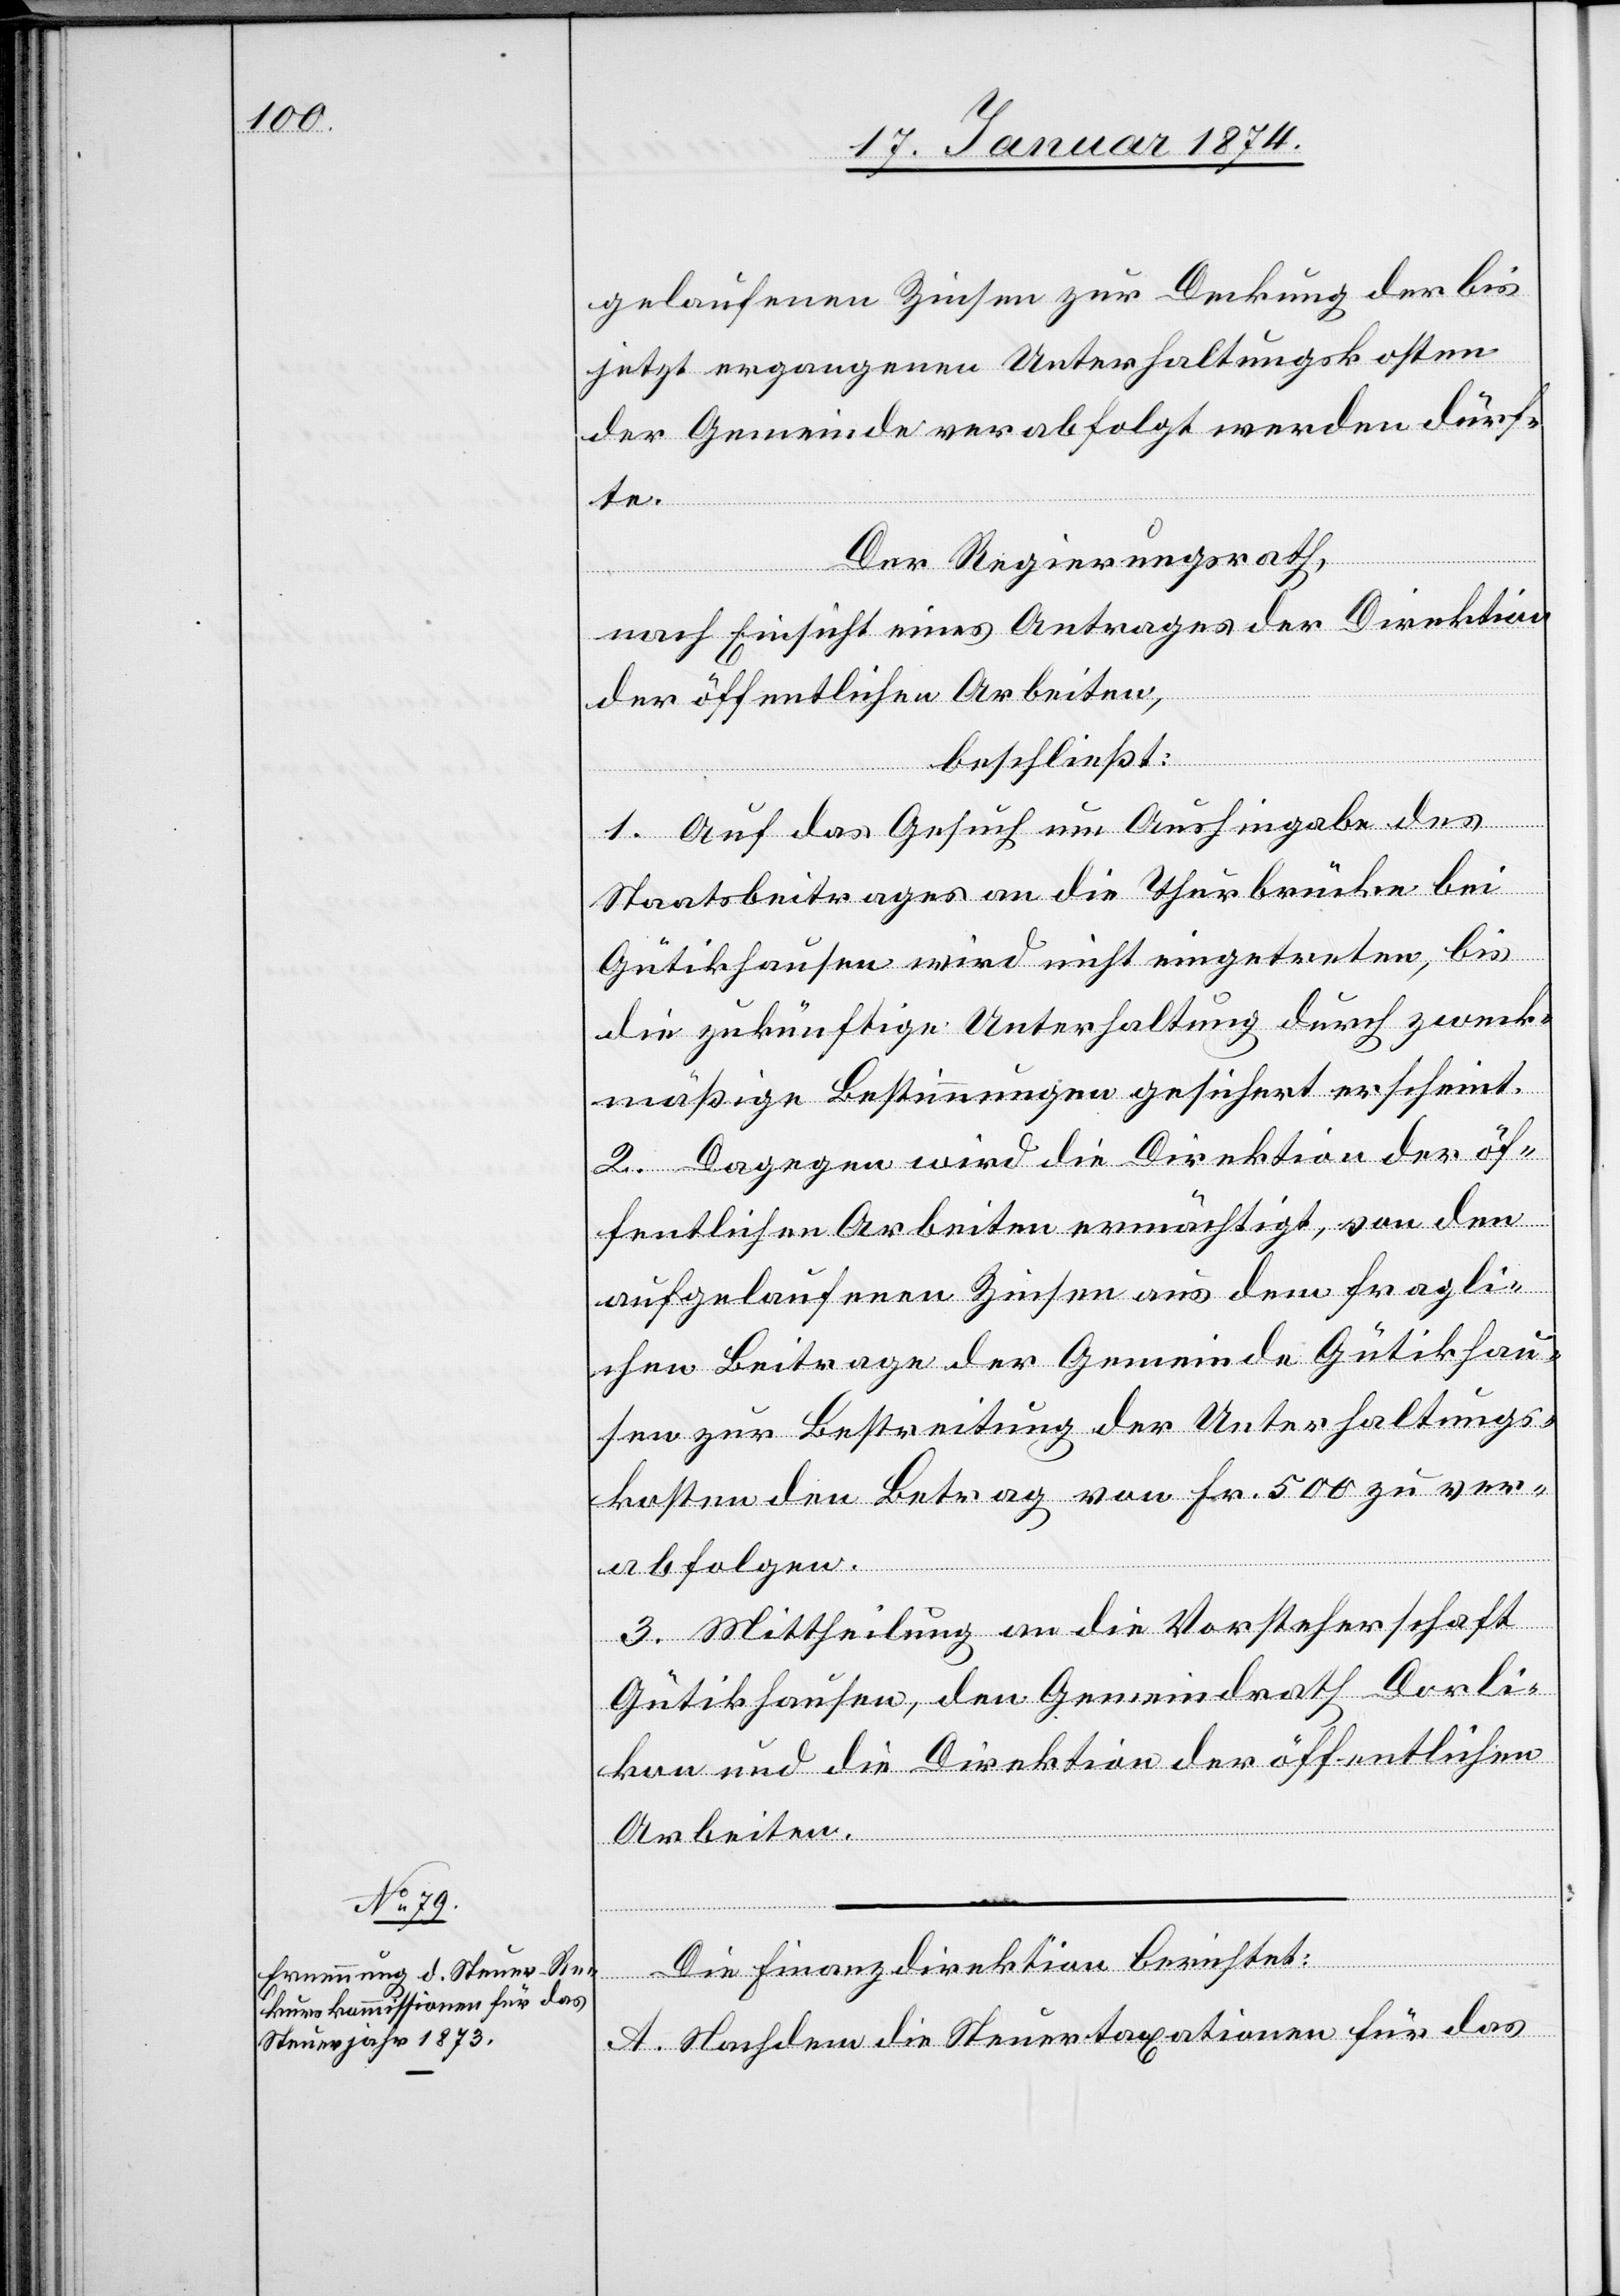
gelaufenen Zinsen zur Deckung der bis
jetzt ergangenen Unterhaltungskosten
der Gemeinde verabfolgt werden dürf¬
te.
Der Regierungsrath,
nach Einsicht eines Antrages der Direktion
der öffentlichen Arbeiten,
beschließt:
1. Auf das Gesuch um Aushingabe des
Staatsbeitrages an die Thurbrücke bei
Gütikhausen wird nicht eingetreten, bis
die zukünftige Unterhaltung durch zweck¬
mäßige Bestimmungen gesichert erscheint.
2. Dagegen wird die Direktion der öf¬
fentlichen Arbeiten ermächtigt, von den
aufgelaufenen Zinsen aus dem fragli¬
chen Beitrage der Gemeinde Gütkhau¬
sen zur Bestreitung der Unterhaltungs¬
kosten den Betrag von Fr. 500 zu ver¬
abfolgen.
3. Mittheilung an die Vorsteherschaft
Gütikhausen, den Gemeindrath Dorli¬
kon und die Direktion der öffentlichen
Arbeiten.
Die Finanzdirektion berichtet:
A. Nachdem die Steuertaxationen für das